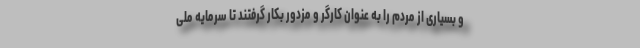
و بسیاری از مردم را به عنوان کارگر و مزدور بکار گرفتند تا سرمایه ملی